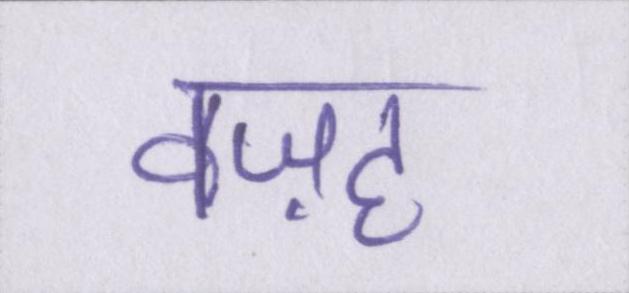
वज़ह